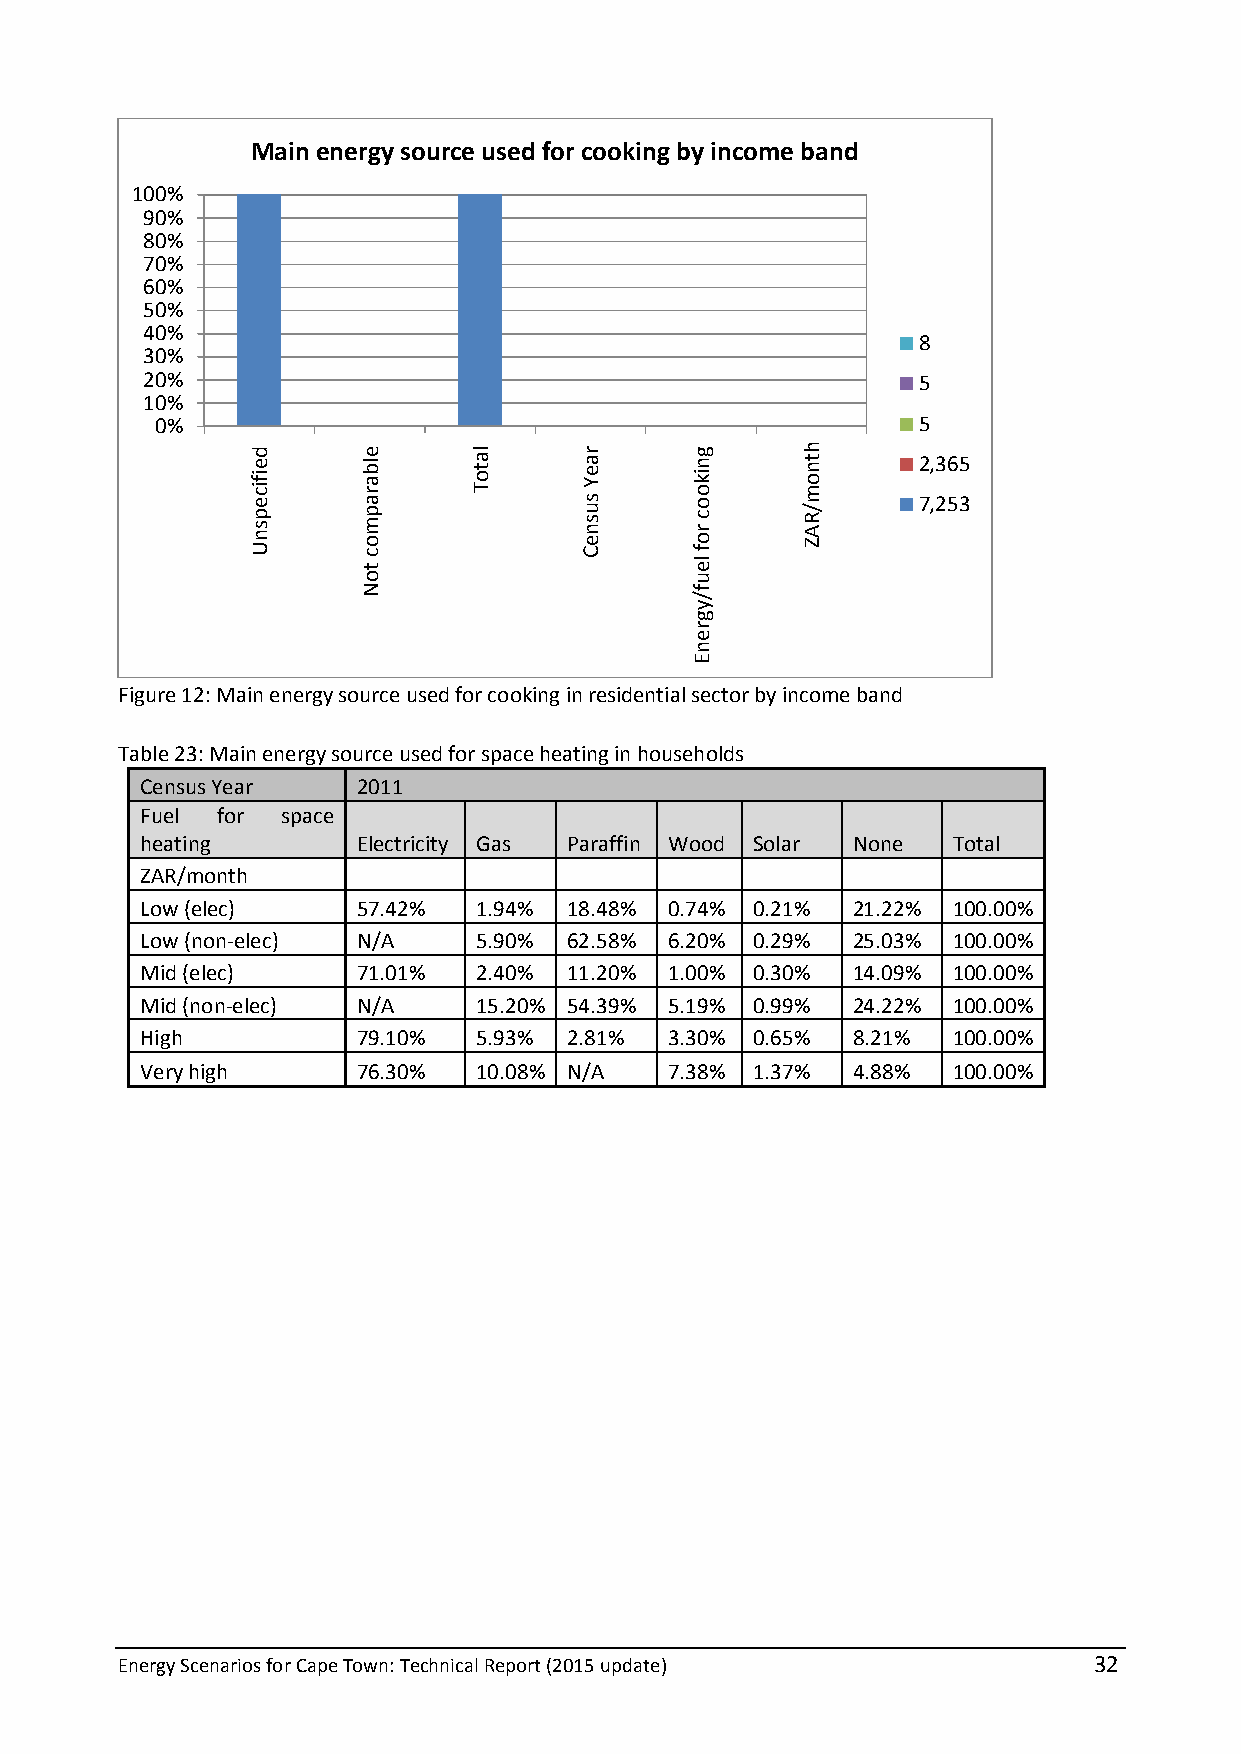
Main energy source used for cooking by income band
 100%
 90%
 80%
 70%
 60%
 50%
 40%
 8
 30%
 20%                                                 5
 10%
 0%                                                 5
 2,365
 7,253
 Figure 12: Main energy source used for cooking in residential sector by income band
 Table 23: Main energy source used for space heating in households
 Census Year    2011
 Fuel for  space
 heating        Electricity Gas Paraffin Wood Solar None Total
 ZAR/month
 Low (elec)     57.42%  1.94% 18.48% 0.74% 0.21% 21.22% 100.00%
 Low (non-elec) N/A     5.90% 62.58% 6.20% 0.29% 25.03% 100.00%
 Mid (elec)     71.01%  2.40% 11.20% 1.00% 0.30% 14.09% 100.00%
 Mid (non-elec) N/A     15.20% 54.39% 5.19% 0.99% 24.22% 100.00%
 High           79.10%  5.93% 2.81% 3.30% 0.65% 8.21%  100.00%
 Very high      76.30%  10.08% N/A  7.38% 1.37% 4.88%  100.00%
 Energy Scenarios for Cape Town: Technical Report (2015 update)  32
 deificepsnU elbarapmoc
 toN
 latoT  raeY
 susneC
 gnikooc
 rof
 leuf/ygrenE
 htnom/RAZ